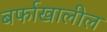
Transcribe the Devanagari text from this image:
बर्फाखालील